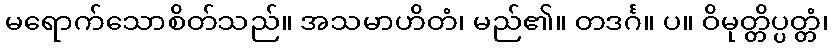
မရောက်သောစိတ်သည်။ အသမာဟိတံ၊ မည်၏။ တဒင်္ဂ။ ပ။ ဝိမုတ္တိပ္ပတ္တံ၊